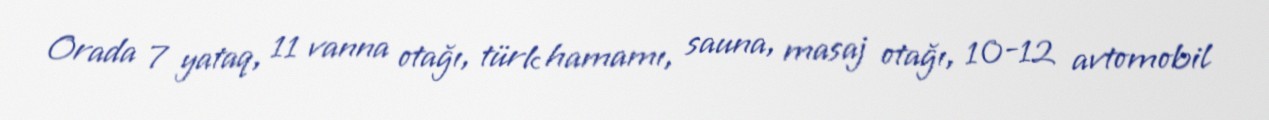
Orada 7 yataq, 11 vanna otağı, türk hamamı, sauna, masaj otağı, 10-12 avtomobil